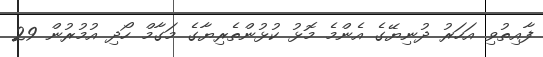
ފާއިތުވި އަހަރު ދުނިޔޭގެ އެންމެ މޮޅު ކުޅުންތެރިޔާގެ މަގާމް ހޯދި އުމުރުން 29